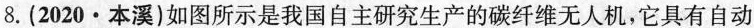
8.(2020·本溪)如图所示是我国自主研究生产的碳纤维无人机，它具有自动